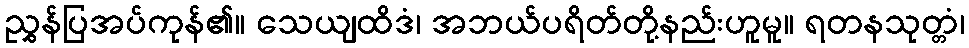
ညွှန်ပြအပ်ကုန်၏။ သေယျထိဒံ၊ အဘယ်ပရိတ်တို့နည်းဟူမူ။ ရတနသုတ္တံ၊